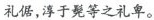
礼倨，淳于髡等之礼卑。